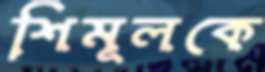
শিমূলকে